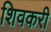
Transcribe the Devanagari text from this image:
शिवकरी